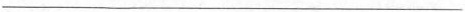
___